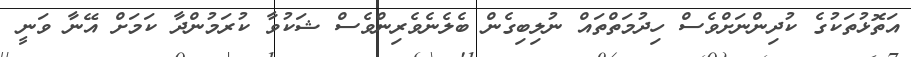
އަތޮޅުތަކުގެ ކުދިންނަށްވެސް ހިދުމަތްތައް ނުލިބިގެން ބެލެނެވެރިންވެސް ޝަކުވާ ކުރަމުންދާ ކަމަށް އޭނާ ވަނީ